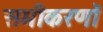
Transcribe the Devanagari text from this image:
समीकरणॉ